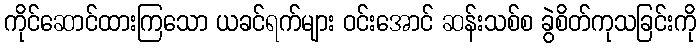
ကိုင်ဆောင်ထားကြသော ယခင်ရက်များ ဝင်းအောင် ဆန်းသစ်စ ခွဲစိတ်ကုသခြင်းကို